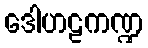
ဒေါဟဠကဏ္ဍ